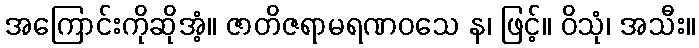
အကြောင်းကိုဆိုအံ့။ ဇာတိဇရာမရဏဝသေ န၊ ဖြင့်။ ဝိသုံ၊ အသီး။